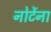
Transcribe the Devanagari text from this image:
नोर्टेना